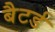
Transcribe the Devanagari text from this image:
बैटर्ड